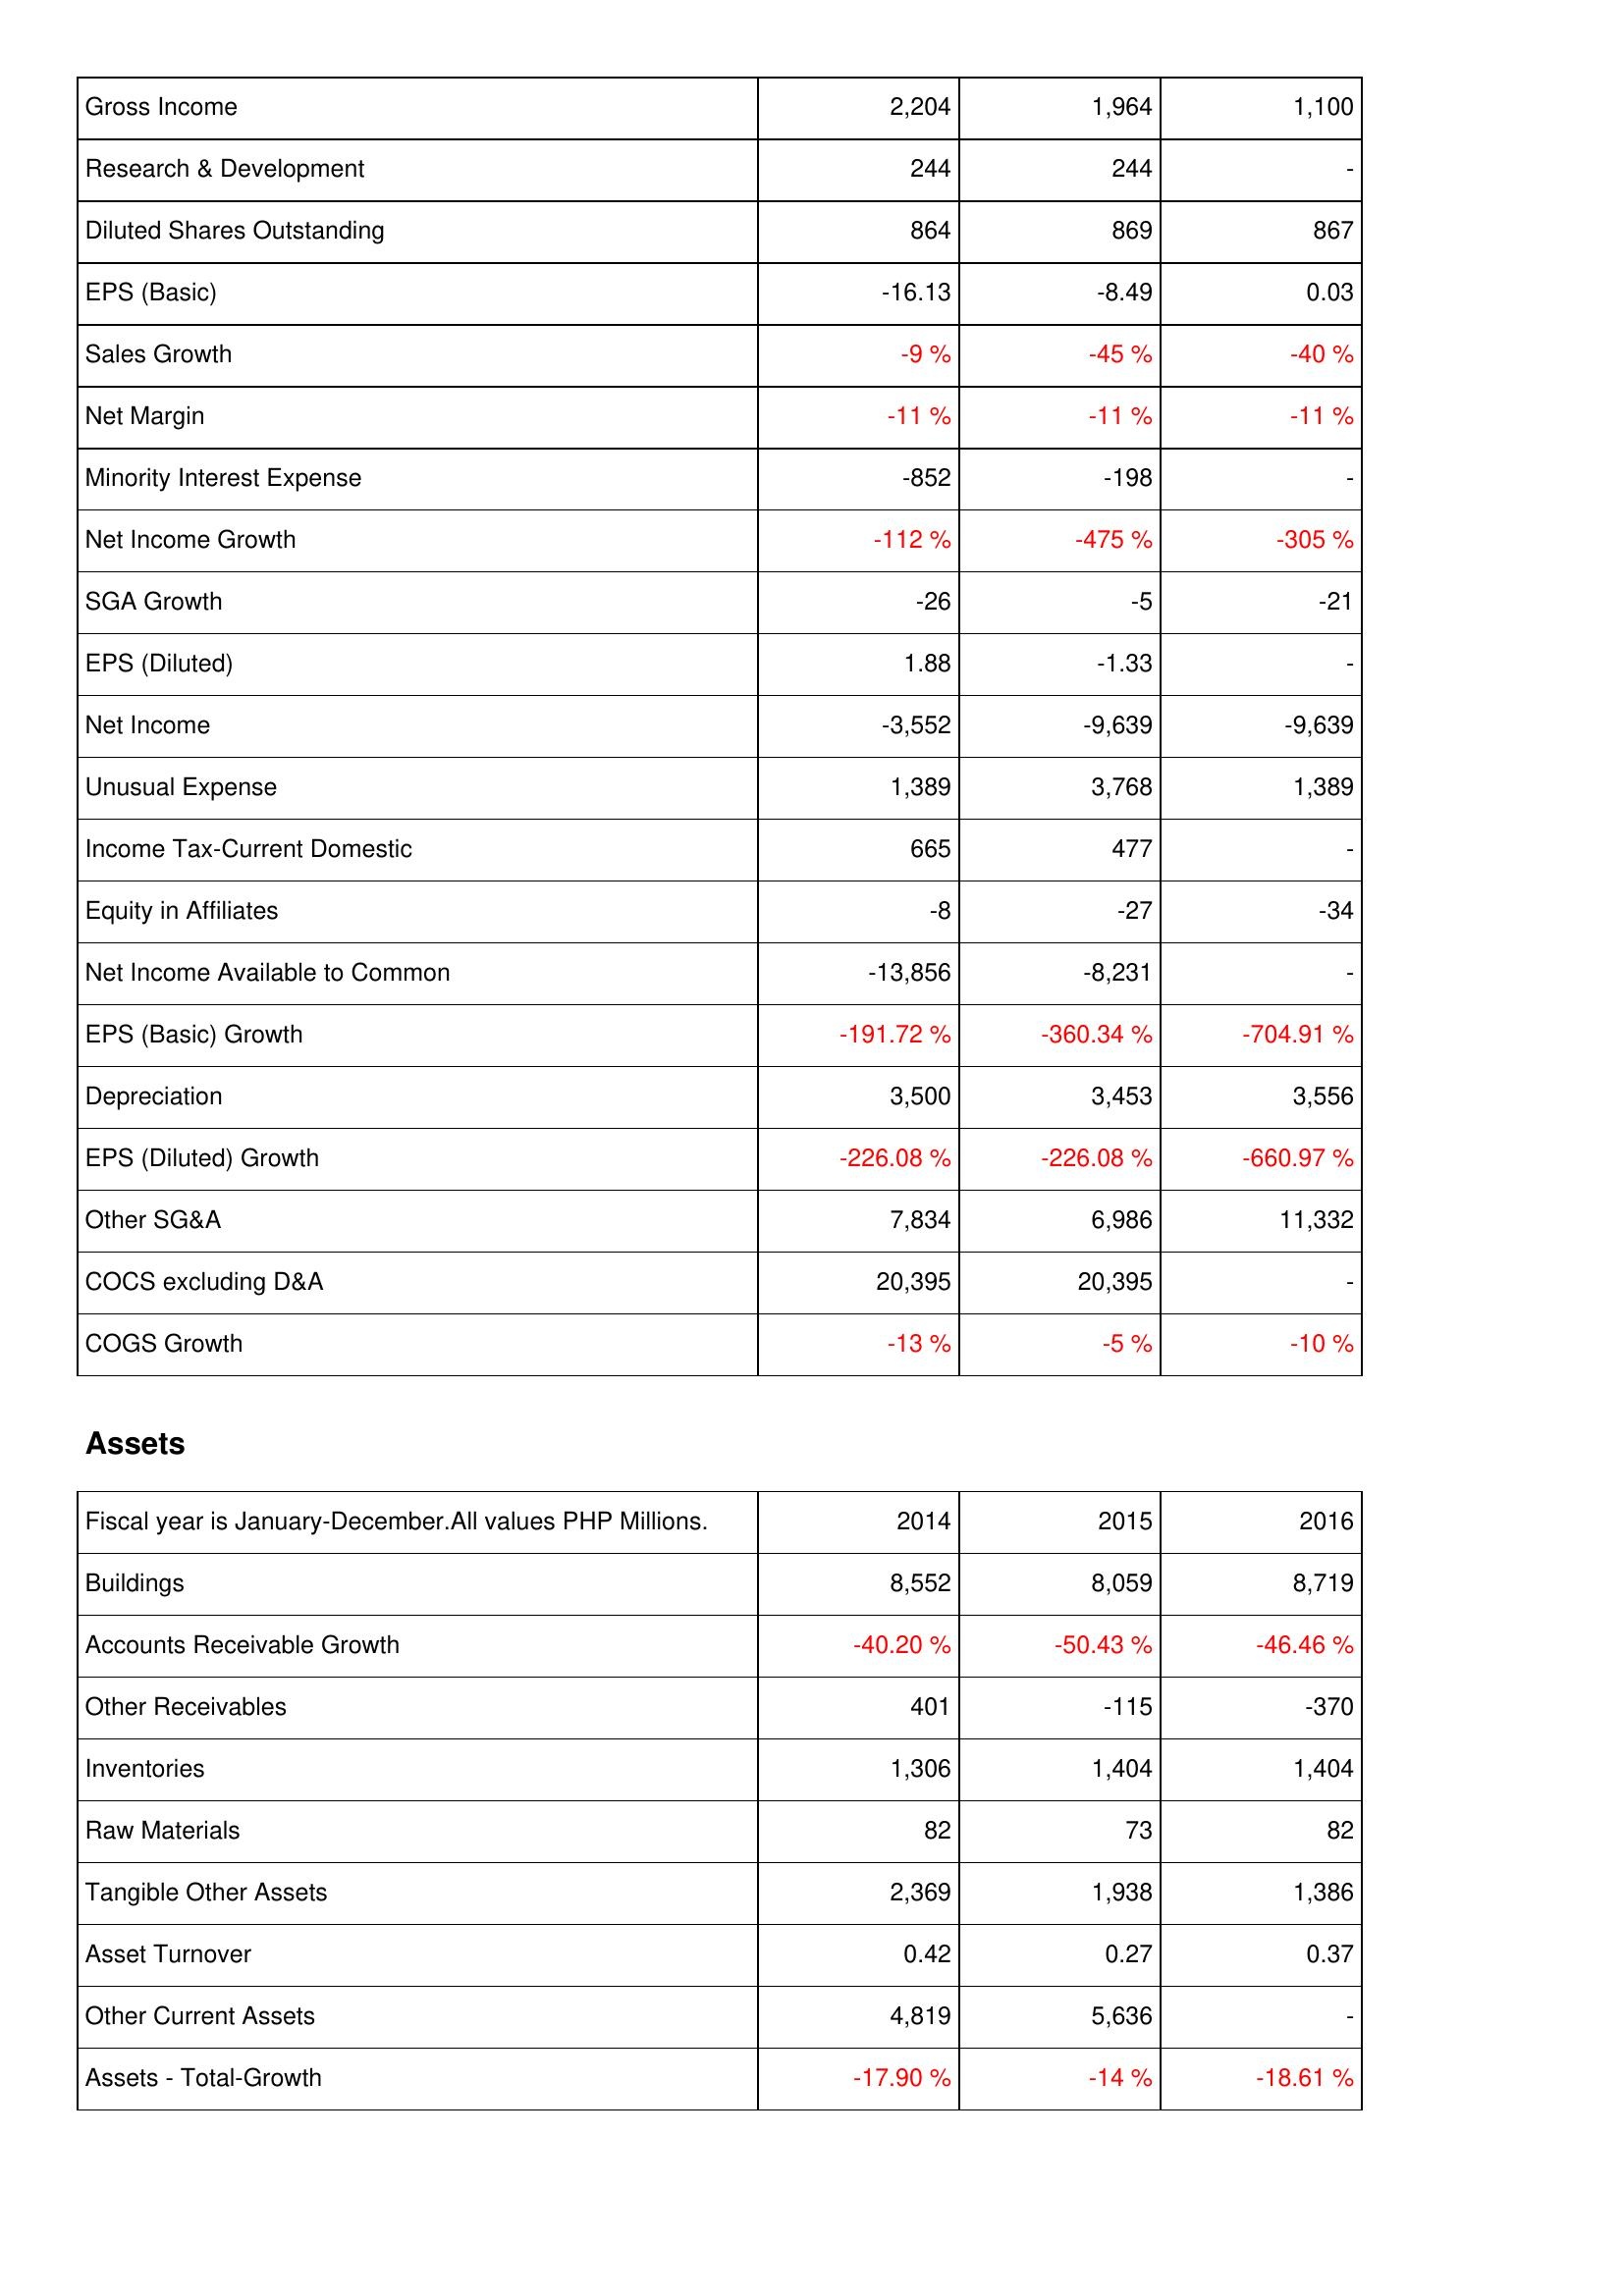
2014: Income Statement: Gross Income: 2,204
Research & Development: 244
Diluted Shares Outstanding: 864
EPS (Basic): -16.13
Sales Growth: -9 %
Net Margin: -11 %
Minority Interest Expense: -852
Net Income Growth: -112 %
SGA Growth: -26
EPS (Diluted): 1.88
Net Income: -3,552
Unusual Expense: 1,389
Income Tax-Current Domestic: 665
Equity in Affiliates: -8
Net Income Available to Common: -13,856
EPS (Basic) Growth: -191.72 %
Depreciation: 3,500
EPS (Diluted) Growth: -226.08 %
Other SG&A: 7,834
COCS excluding D&A: 20,395
COGS Growth: -13 %
Assets: Buildings: 8,552
Accounts Receivable Growth: -40.20 %
Other Receivables: 401
Inventories: 1,306
Raw Materials: 82
Tangible Other Assets: 2,369
Asset Turnover: 0.42
Other Current Assets: 4,819
Assets - Total-Growth: -17.90 %
2015: Income Statement: Gross Income: 1,964
Research & Development: 244
Diluted Shares Outstanding: 869
EPS (Basic): -8.49
Sales Growth: -45 %
Net Margin: -11 %
Minority Interest Expense: -198
Net Income Growth: -475 %
SGA Growth: -5
EPS (Diluted): -1.33
Net Income: -9,639
Unusual Expense: 3,768
Income Tax-Current Domestic: 477
Equity in Affiliates: -27
Net Income Available to Common: -8,231
EPS (Basic) Growth: -360.34 %
Depreciation: 3,453
EPS (Diluted) Growth: -226.08 %
Other SG&A: 6,986
COCS excluding D&A: 20,395
COGS Growth: -5 %
Assets: Buildings: 8,059
Accounts Receivable Growth: -50.43 %
Other Receivables: -115
Inventories: 1,404
Raw Materials: 73
Tangible Other Assets: 1,938
Asset Turnover: 0.27
Other Current Assets: 5,636
Assets - Total-Growth: -14 %
2016: Income Statement: Gross Income: 1,100
Research & Development: -
Diluted Shares Outstanding: 867
EPS (Basic): 0.03
Sales Growth: -40 %
Net Margin: -11 %
Minority Interest Expense: -
Net Income Growth: -305 %
SGA Growth: -21
EPS (Diluted): -
Net Income: -9,639
Unusual Expense: 1,389
Income Tax-Current Domestic: -
Equity in Affiliates: -34
Net Income Available to Common: -
EPS (Basic) Growth: -704.91 %
Depreciation: 3,556
EPS (Diluted) Growth: -660.97 %
Other SG&A: 11,332
COCS excluding D&A: -
COGS Growth: -10 %
Assets: Buildings: 8,719
Accounts Receivable Growth: -46.46 %
Other Receivables: -370
Inventories: 1,404
Raw Materials: 82
Tangible Other Assets: 1,386
Asset Turnover: 0.37
Other Current Assets: -
Assets - Total-Growth: -18.61 %